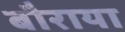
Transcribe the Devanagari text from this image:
बौराया